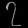
Digit: ၇